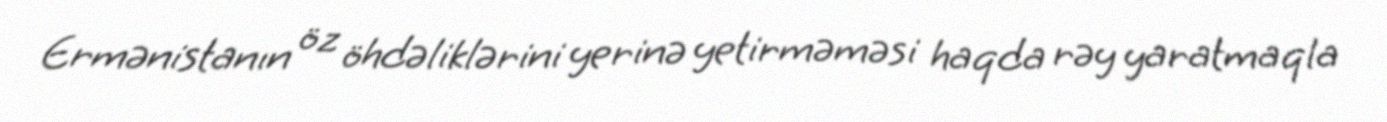
Ermənistanın öz öhdəliklərini yerinə yetirməməsi haqda rəy yaratmaqla